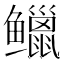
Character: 𫚭